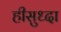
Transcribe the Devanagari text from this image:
हीसुध्दा